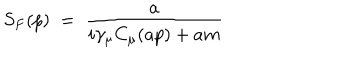
LaTeX: S _ { F } ( p ) \; = \; \frac { a } { i \gamma _ { \mu } C _ { \mu } ( a p ) + a m }